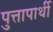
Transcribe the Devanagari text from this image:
पुत्तापार्थी